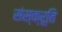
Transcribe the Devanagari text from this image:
संस्क्रूति